Annual administration report of the Civil Veterinary Department of India - 1908-1909
Year: 1908
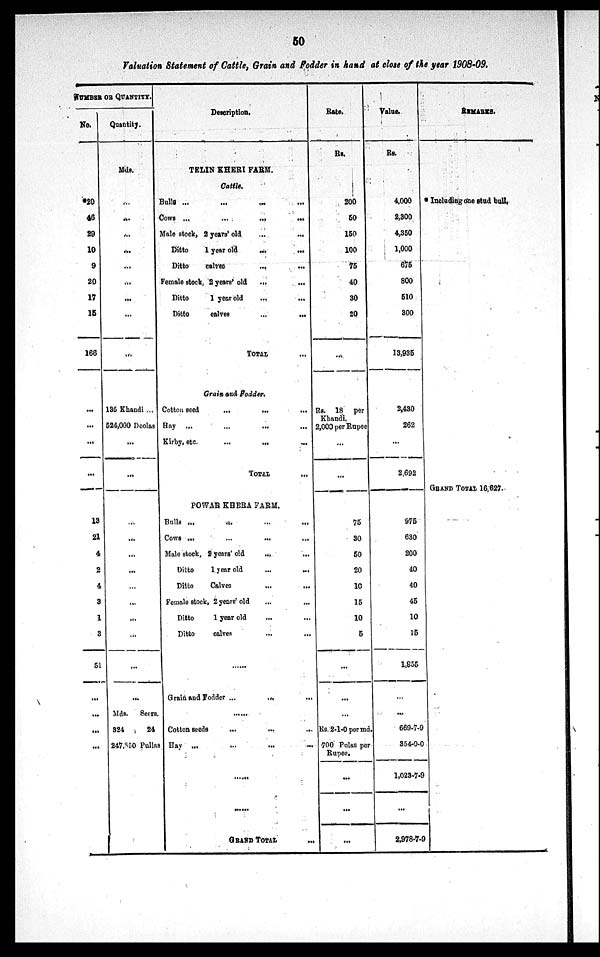
50
Valuation Statement of Cattle, Grain and Fodder in hand at close of the year 1908-09.
NUMBER OR QUANTITY.
No.
20
46
29
10
9
20
17
15
166
...
...
...
...
13
21
4
2
4
3
1
3
51
...
...
...
Quantity.
Mds.
...
...
...
...
...
...
...
...
...
135 Khandi ...
524,000 Doolas
...
...
...
...
...
...
...
...
...
...
...
...
Mds.
Seers.
324
24
247,850 Pullas
Description.
TELIN KHERI FARM.
Cattle.
Bulls ... ... ... ...
Cows ...
...
...
...
Male stock, 2 years' old
Ditto
1 year old
...
...
Ditto calves ... ...
Female stock, 2 years' old
...
...
Ditto
1 year old ... ...
Ditto
calves
...
...
TOTAL
Grain and Rodder.
Cotton seed
...
...
...
Hay ...
Kirby, etc.
...
...
...
TOTAL ...
POWAR KHERA FARM.
Bulls ... ... ... ...
Cows ...
...
...
...
Male stock, 2 years' old
...
...
Ditto
1 year old
...
...
Ditto
Calves
...
...
Female stock, 2 years' old ... ...
Ditto
1 year old
Ditto
calves
......
Grain and Fodder ...
...
...
......
Cotton seeds ... ... ...
Hay ...
...
...
...
......
......
GRAND
TOTAL
...
Rate.
Rs.
200
50
150
100
75
40
30
20
...
Rs. 18 per
Khandi.
2,000 per Rupee
...
...
75
30
50
20
10
15
10
5
...
...
...
Rs. 2-1-0 per md.
700 Palas per
Rupee.
...
...
...
Value.
Rs.
4,000
2,300
4,350
1,000
675
800
510
300
13,935
2,430
262
...
2,692
975
630
200
40
40
45
10
15
1,955
...
...
669-7-9
354-0-0
1,023-7-9
...
2,978-7-9
REMARKS.
Including one stud bull,
GRAND TOTAL 16,627.